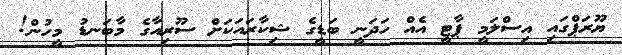
ޔޫރަޕްގައި އިސްލަމީ ޕާޓީ އެއް ހަދަނީ ބަޑީގެ ޝިކާރައަކަށް ސޫރިއާގެ މާބަނޑު މީހުން!